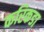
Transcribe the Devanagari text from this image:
करिकडा